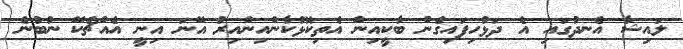
ލައިޝާ އެނދުގައި އެ ދަޅުހިފައިގެން ބާކީއިން އެތިކޮޅުކާންއިންއިރު އޭނަ އިނީ އެއްޗެކޭ ނުބުނެ